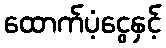
ထောက်ပံ့ငွေနှင့်